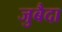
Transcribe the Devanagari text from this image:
जुबैदा